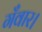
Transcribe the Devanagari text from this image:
गँवार।